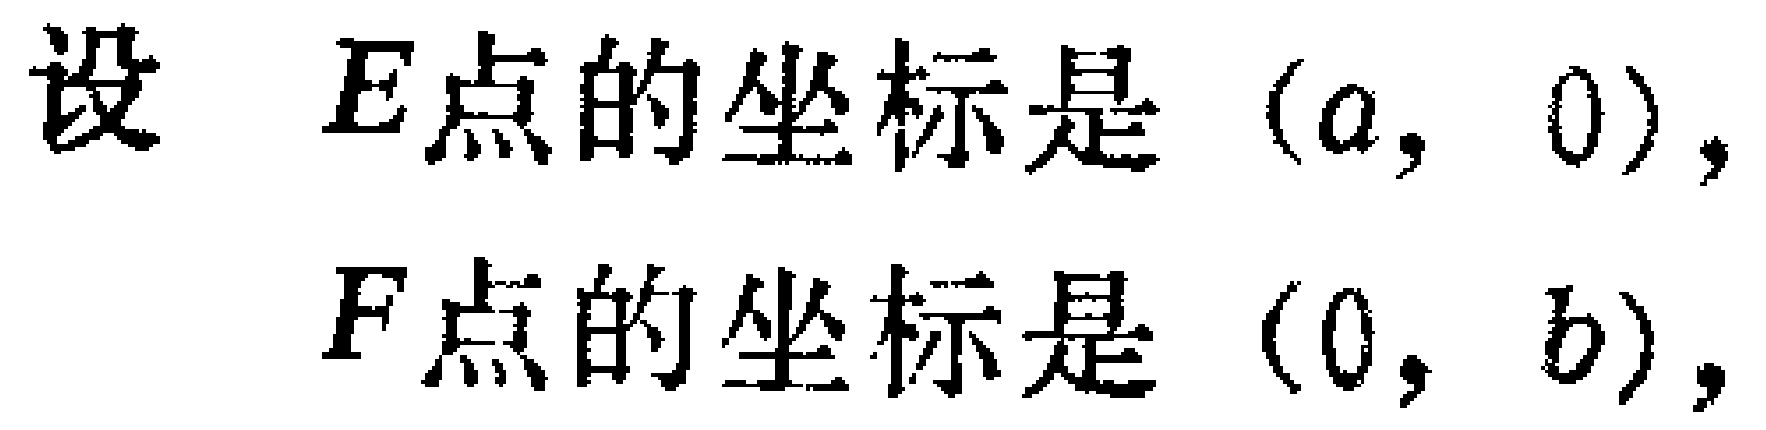
设 \(E\) 点的坐标是 \((a,0)\)，
\(F\) 点的坐标是 \((0,b)\)，